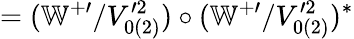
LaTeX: =(\mathbb{W}^{+\prime}/V_{0(2)}^{\prime 2})\circ(\mathbb{W}^{+\prime}/V_{0(2)}^{\prime 2})^{\ast}